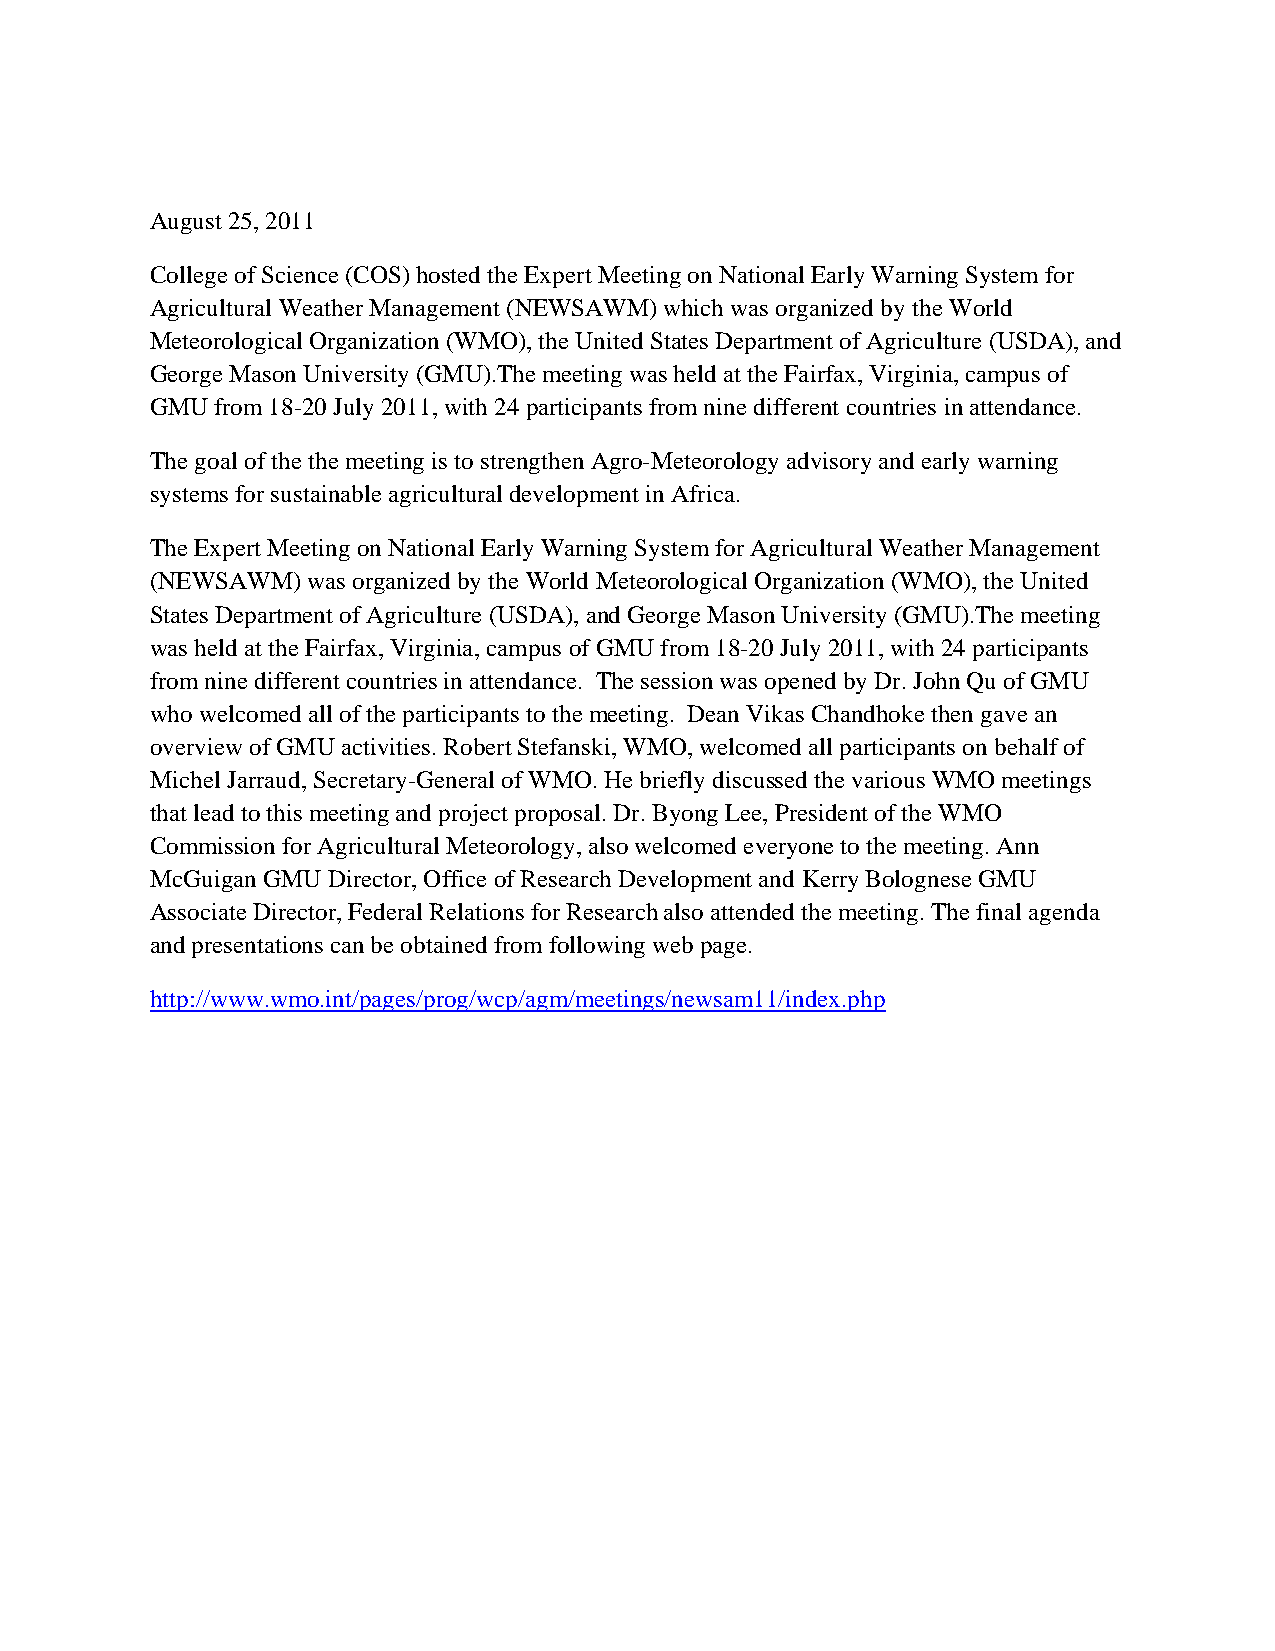
August 25, 2011
 College of Science (COS) hosted the Expert Meeting on National Early Warning System for
 Agricultural Weather Management (NEWSAWM) which was organized by the World
 Meteorological Organization (WMO), the United States Department of Agriculture (USDA), and
 George Mason University (GMU).The meeting was held at the Fairfax, Virginia, campus of
 GMU from 18-20 July 2011, with 24 participants from nine different countries in attendance.
 The goal of the the meeting is to strengthen Agro-Meteorology advisory and early warning
 systems for sustainable agricultural development in Africa.
 The Expert Meeting on National Early Warning System for Agricultural Weather Management
 (NEWSAWM) was organized by the World Meteorological Organization (WMO), the United
 States Department of Agriculture (USDA), and George Mason University (GMU).The meeting
 was held at the Fairfax, Virginia, campus of GMU from 18-20 July 2011, with 24 participants
 from nine different countries in attendance. The session was opened by Dr. John Qu of GMU
 who welcomed all of the participants to the meeting. Dean Vikas Chandhoke then gave an
 overview of GMU activities. Robert Stefanski, WMO, welcomed all participants on behalf of
 Michel Jarraud, Secretary-General of WMO. He briefly discussed the various WMO meetings
 that lead to this meeting and project proposal. Dr. Byong Lee, President of the WMO
 Commission for Agricultural Meteorology, also welcomed everyone to the meeting. Ann
 McGuigan GMU Director, Office of Research Development and Kerry Bolognese GMU
 Associate Director, Federal Relations for Research also attended the meeting. The final agenda
 and presentations can be obtained from following web page.
 http://www.wmo.int/pages/prog/wcp/agm/meetings/newsam11/index.php